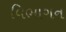
વિભાગન